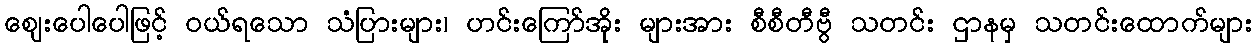
ဈေးပေါပေါဖြင့် ဝယ်ရသော သံပြားများ၊ ဟင်းကြော်အိုး များအား စီစီတီဗွီ သတင်း ဌာနမှ သတင်းထောက်များ